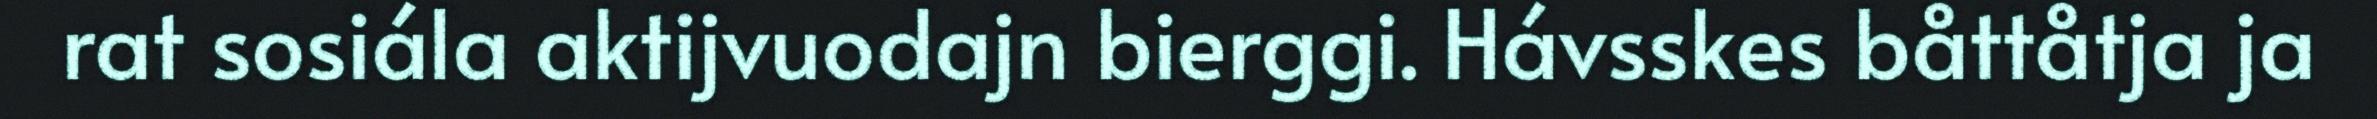
rat sosiála aktijvuodajn bierggi. Hávsskes båttåtja ja